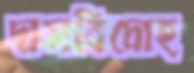
দাসবিদ্রোহ